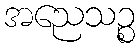
အညေသဉ္စ